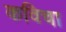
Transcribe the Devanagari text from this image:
कविचा